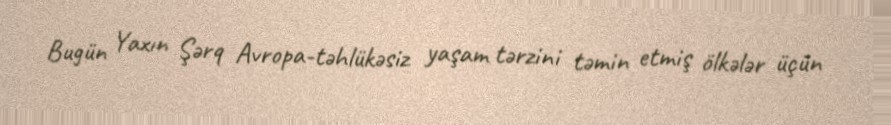
Bugün Yaxın Şərq Avropa-təhlükəsiz yaşam tərzini təmin etmiş ölkələr üçün